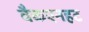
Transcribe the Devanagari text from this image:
वैकएनहट